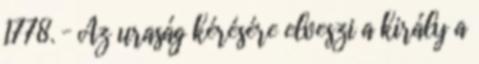
1778. – Az uraság kérésére elveszi a király a